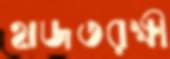
হাজতরক্ষী